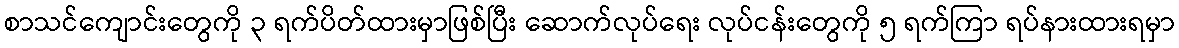
စာသင်ကျောင်းတွေကို ၃ ရက်ပိတ်ထားမှာဖြစ်ပြီး ဆောက်လုပ်ရေး လုပ်ငန်းတွေကို ၅ ရက်ကြာ ရပ်နားထားရမှာ